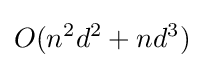
O(n^{2}d^{2}+nd^{3})